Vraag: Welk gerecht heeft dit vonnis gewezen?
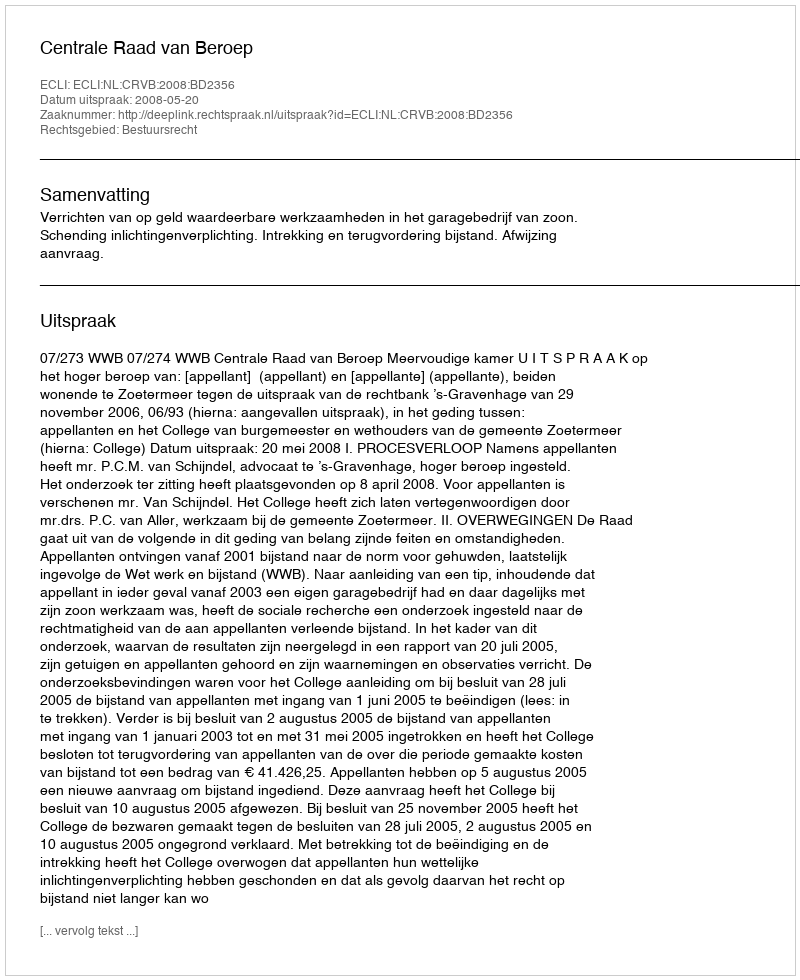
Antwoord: Centrale Raad van Beroep